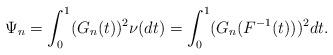
LaTeX: \begin{align*} \Psi_n=\int_0^1 (G_n(t))^2 \nu(dt) = \int_0^1 (G_n(F^{-1}(t)))^2 dt.\end{align*}